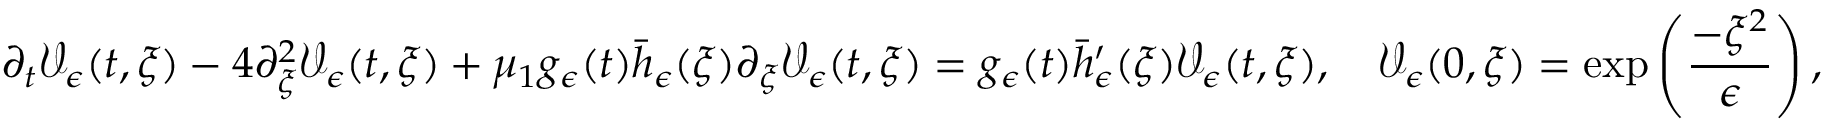
\partial _ { t } \mathcal { V } _ { \epsilon } ( t , \xi ) - 4 \partial _ { \xi } ^ { 2 } \mathcal { V } _ { \epsilon } ( t , \xi ) + \mu _ { 1 } g _ { \epsilon } ( t ) \bar { h } _ { \epsilon } ( \xi ) \partial _ { \xi } \mathcal { V } _ { \epsilon } ( t , \xi ) = g _ { \epsilon } ( t ) \bar { h } _ { \epsilon } ^ { \prime } ( \xi ) \mathcal { V } _ { \epsilon } ( t , \xi ) , \quad \mathcal { V } _ { \epsilon } ( 0 , \xi ) = \exp \left( \frac { - \xi ^ { 2 } } { \epsilon } \right) ,